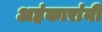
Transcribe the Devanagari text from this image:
अहंकारांनी